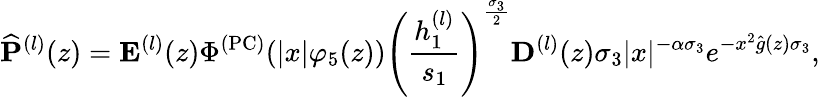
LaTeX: \widehat{\mathbf{P}}^{(l)}(z)=\mathbf{E}^{(l)}(z)\Phi^{(\mathrm{PC})}(|x|\varphi_{5}(z))\left(\frac{h_{1}^{(l)}}{s_{1}}\right)^{\frac{\sigma_{3}}{2}}\mathbf{D}^{(l)}(z)\sigma_{3}|x|^{-\alpha\sigma_{3}}e^{-x^{2}\widehat{g}(z)\sigma_{3}},